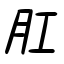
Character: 肛